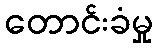
တောင်းခံမှု